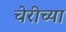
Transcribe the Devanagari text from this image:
चेरीच्या